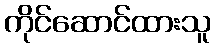
ကိုင်ဆောင်ထားသူ